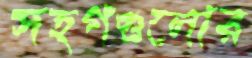
সহগগুলোর